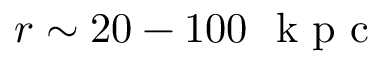
r \sim 2 0 - 1 0 0 ~ \mathrm { ~ k ~ p ~ c ~ }